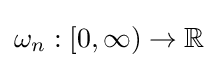
\omega _{n}:[0,\infty )\to \mathbb {R}